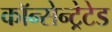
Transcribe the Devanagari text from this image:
कॉन्सेन्ट्रेटेड